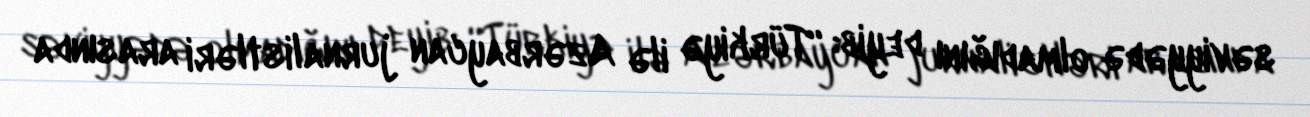
səviyyədə olmadığını deyib: “Türkiyə ilə Azərbaycan jurnalistləri arasında